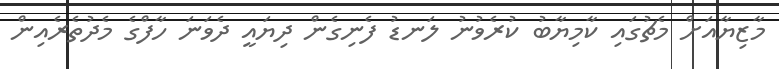
މާޒިޔާއަށް މެޗުގައި ކާމިޔާބު ކުރެވުނު ލަނޑު ފެނިގެން ދިޔައީ ދެވަނަ ހާފްގެ މެދުތެރެއިން